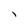
Character: 1